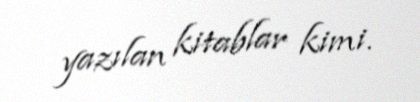
yazılan kitablar kimi.